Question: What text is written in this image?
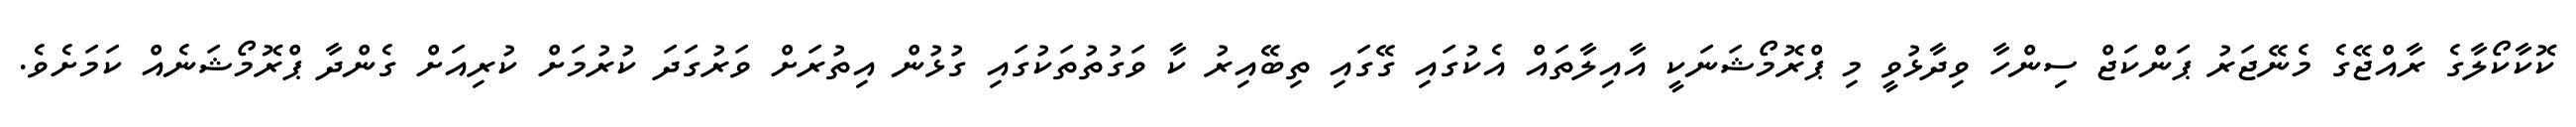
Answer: ކޮކާކޯލާގެ ރާއްޖޭގެ މެނޭޖަރު ޕަންކަޖް ސިންހާ ވިދާޅުވީ މި ޕްރޮމޯޝަނަކީ އާއިލާތައް އެކުގައި ގޭގައި ތިބޭއިރު ކާ ވަގުތުތަކުގައި ގުޅުން އިތުރަށް ވަރުގަދަ ކުރުމަށް ކުރިއަށް ގެންދާ ޕްރޮމޯޝަނެއް ކަމަށެވެ.